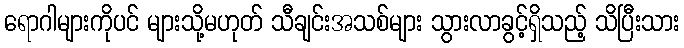
ရောဂါများကိုပင် များသို့မဟုတ် သီချင်းအသစ်များ သွားလာခွင့်ရှိသည့် သိပြီးသား